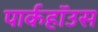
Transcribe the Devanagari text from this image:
पार्कहॉउस